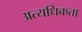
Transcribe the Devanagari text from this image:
अत्यधिकता